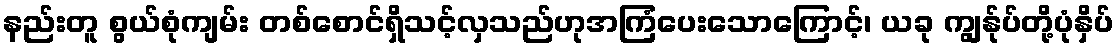
နည်းတူ စွယ်စုံကျမ်း တစ်စောင်ရှိသင့်လှသည်ဟုအကြံပေးသောကြောင့်၊ ယခု ကျွန်ုပ်တို့ပုံနှိပ်